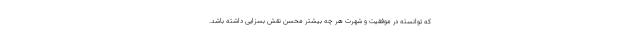
که توانسته در موفقیت و شهرت هر چه بیشتر محسن نقش بسزایی داشته باشد.